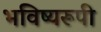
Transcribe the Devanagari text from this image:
भविष्यरूपी